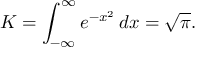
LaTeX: K = \int _ { - \infty } ^ { \infty } e ^ { - x ^ { 2 } } \, d x = { \sqrt { \pi } } .